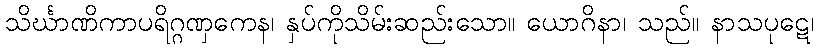
သိင်္ဃာဏိကာပရိဂ္ဂဏှကေန၊ နှပ်ကိုသိမ်းဆည်းသော။ ယောဂိနာ၊ သည်။ နာသပုဋေ၊